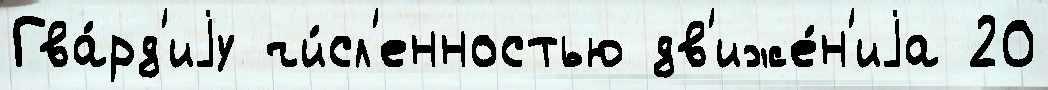
Гва́рд'иjу чи́сл'енностью дв'иже́н'иjа 20